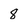
Character: 8